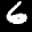
Label: 6